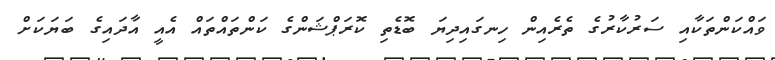
ވައްކަންތަކާއި ސަރުކާރުގެ ތެރެއިން ހިނގައިދިޔަ ބޮޑެތި ކޮރަޕްޝަންގެ ކަންތައްތައް އެއީ އާދައިގެ ބަޔަކަށް